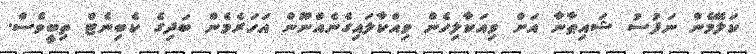
ކަލޭމެން ނަފުސު ޝައިޠާނާ އަށް ވިއަކާލިހެން ވިއްކާލައިގެނެއްނޫން އަހަރެމެން ބަދިގެ ކެބިނެޓް ތިބީވެސް.